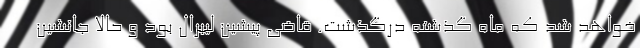
خواهد شد که ماه گذشته درگذشت. قاضی پیشین لیبرال بود و حالا جانشین